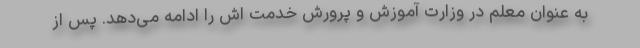
به عنوان معلم در وزارت آموزش و پرورش خدمت اش را ادامه می‌دهد. پس از